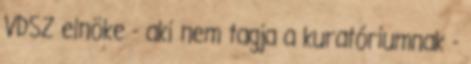
VDSZ elnöke - aki nem tagja a kuratóriumnak -